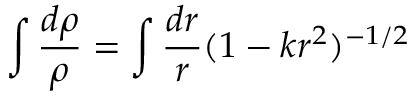
\int \frac { d \rho } { \rho } = \int \frac { d r } { r } ( 1 - k r ^ { 2 } ) ^ { - 1 / 2 }